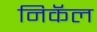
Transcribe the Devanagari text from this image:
निकॅल